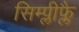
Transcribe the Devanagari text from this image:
सिम्प्लीफ्लै